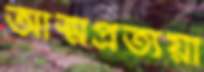
আত্মপ্রত্যয়ী